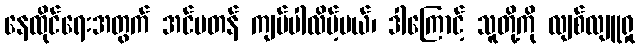
နေထိုင်ရေးအတွက် အင်မတန် ကျပ်ပါလိမ့်မယ်၊ ဒါကြောင့် သူတို့ကို လျစ်လျူရှု